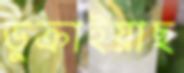
ডুক্‌রাইয়াছ